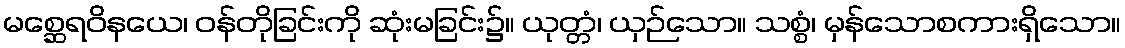
မစ္ဆေရဝိနယေ၊ ဝန်တိုခြင်းကို ဆုံးမခြင်း၌။ ယုတ္တံ၊ ယှဉ်သော။ သစ္စံ၊ မှန်သောစကားရှိသော။